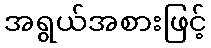
အရွယ်အစားဖြင့်